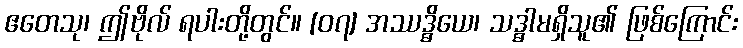
ဧတေသု၊ ဤဗိုလ် ရပါးတို့တွင်။ [၀၇] အဿဒ္ဓိယေ၊ သဒ္ဓာမရှိသူ၏ ဖြစ်ကြောင်း